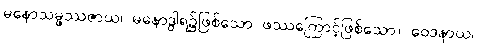
မနောသမ္ဖဿဇာယ၊ မနောဒွါရ၌ဖြစ်သော ဖဿကြောင့်ဖြစ်သော။ ဝေဒနာယ၊